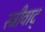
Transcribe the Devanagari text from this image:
स्त्रीवाद्